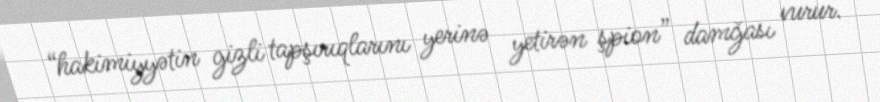
“hakimiyyətin gizli tapşırıqlarını yerinə yetirən şpion” damğası vurur.